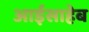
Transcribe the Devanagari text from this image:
आईसाहेब